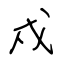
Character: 戍